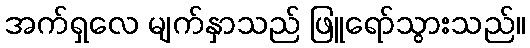
အက်ရှလေ မျက်နှာသည် ဖြူရော်သွားသည်။